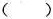
( )